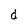
Character: d